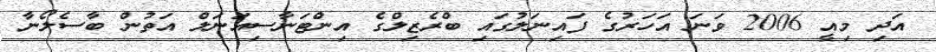
އަދި މިއީ 2006 ވަނަ އަހަރުގެ ފައިނަލުގައި ބްރެޒިލްގެ އިންޓަނާސިއަނަލް އަތުން ބާސެލޯނާ